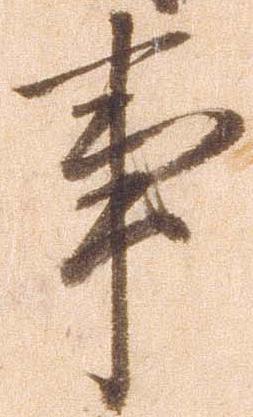
事